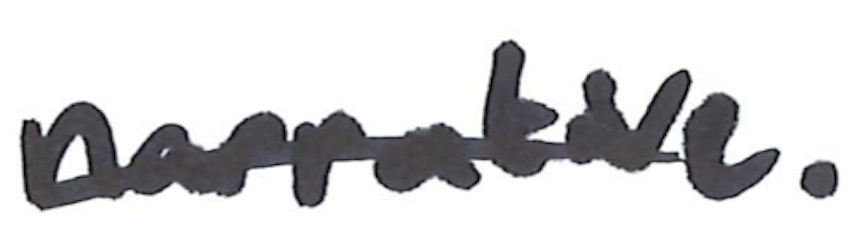
Text: narrative.
Cross-out: single-line
Writing tool: marker